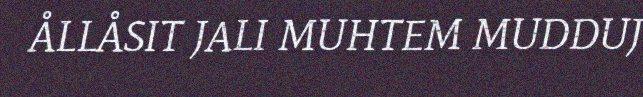
ÅLLÅSIT JALI MUHTEM MUDDUJ